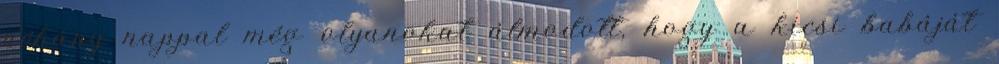
néhány nappal még olyanokat álmodott, hogy a kicsi babáját